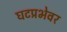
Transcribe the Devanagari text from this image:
घटप्रभेवर